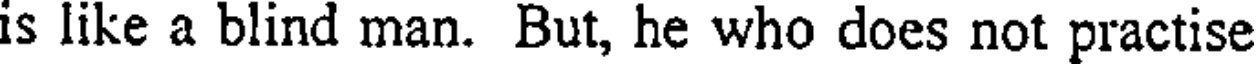
is like a blind man. But, he who does not practise